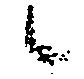
候